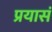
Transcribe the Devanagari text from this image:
प्रयासं